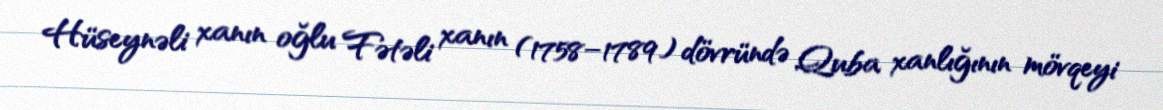
Hüseynəli xanın oğlu Fətəli xanın (1758–1789) dövründə Quba xanlığının mövqeyi